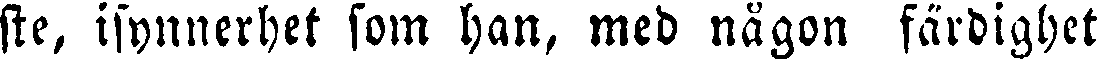
ste, isynnerhet som han, med någon färdighet